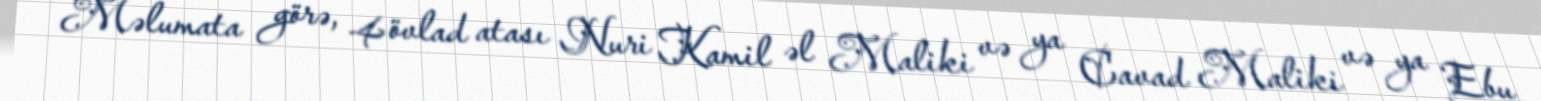
Məlumata görə, 4 övlad atası Nuri Kamil əl Maliki və ya Cavad Maliki və ya Ebu